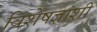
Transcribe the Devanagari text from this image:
विशेषज्ञांशी